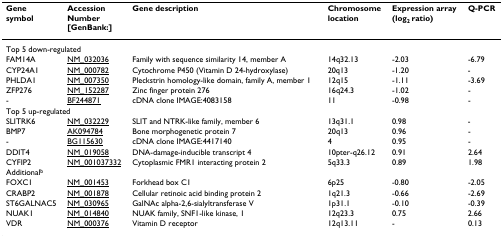
| Genesymbol | AccessionNumber[GenBank:] | Gene description | Chromosomelocation | Expression array(log2 ratio) | Q-PCR |
 | --- | --- | --- | --- | --- | --- |
 | <COLSPAN=6> Top 5 down-regulated |
 | FAM14A | NM_032036 | Family with sequence similarity 14, member A | 14q32.13 | -2.03 | -6.79 |
 | CYP24A1 | NM_000782 | Cytochrome P450 (Vitamin D 24-hydroxylase) | 20q13 | -1.20 | - |
 | PHLDA1 | NM_007350 | Pleckstrin homology-like domain, family A, member 1 | 12q15 | -1.11 | -3.69 |
 | ZFP276 | NM_152287 | Zinc finger protein 276 | 16q24.3 | -1.02 | - |
 | - | BF244871 | cDNA clone IMAGE:4083158 | 11 | -0.98 | - |
 | <COLSPAN=6> Top 5 up-regulated |
 | SLITRK6 | NM_032229 | SLIT and NTRK-like family, member 6 | 13q31.1 | 0.98 | - |
 | BMP7 | AK094784 | Bone morphogenetic protein 7 | 20q13 | 0.96 | - |
 | - | BG115630 | cDNA clone IMAGE:4417140 | 4 | 0.95 | - |
 | DDIT4 | NM_019058 | DNA-damage-inducible transcript 4 | 10pter-q26.12 | 0.91 | 2.64 |
 | CYFIP2 | NM_001037332 | Cytoplasmic FMR1 interacting protein 2 | 5q33.3 | 0.89 | 1.98 |
 | <COLSPAN=6> Additionalb |
 | FOXC1 | NM_001453 | Forkhead box C1 | 6p25 | -0.80 | -2.05 |
 | CRABP2 | NM_001878 | Cellular retinoic acid binding protein 2 | 1q21.3 | -0.66 | -2.69 |
 | ST6GALNAC5 | NM_030965 | GalNAc alpha-2,6-sialyltransferase V | 1p31.1 | -0.10 | -0.39 |
 | NUAK1 | NM_014840 | NUAK family, SNF1-like kinase, 1 | 12q23.3 | 0.75 | 2.66 |
 | VDR | NM_000376 | Vitamin D receptor | 12q13.11 | - | 0.13 |